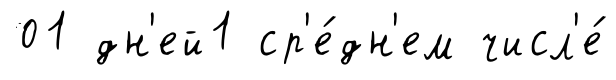
01 дн'ей1 ср'е́дн'ем числ'е́